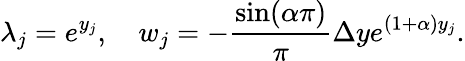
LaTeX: \lambda_{j}=e^{y_{j}},\quad w_{j}=-\frac{\sin(\alpha\pi)}{\pi}\Delta ye^{(1+\alpha)y_{j}}.